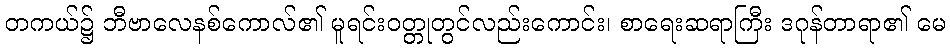
တကယ်၌ ဘီဗာလေနစ်ကောလ်၏ မူရင်းဝတ္တုတွင်လည်းကောင်း၊ စာရေးဆရာကြီး ဒဂုန်တာရာ၏ မေ